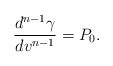
\begin{align*} \frac{d^{n-1}\gamma}{dv^{n-1}}=P_0.\end{align*}